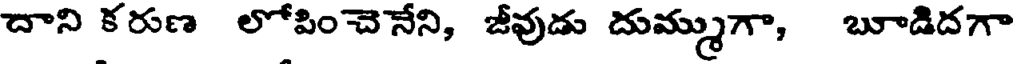
దాని కరుణ లోపించెనేని, జీవుడు దుమ్ముగా, బూడిదగా